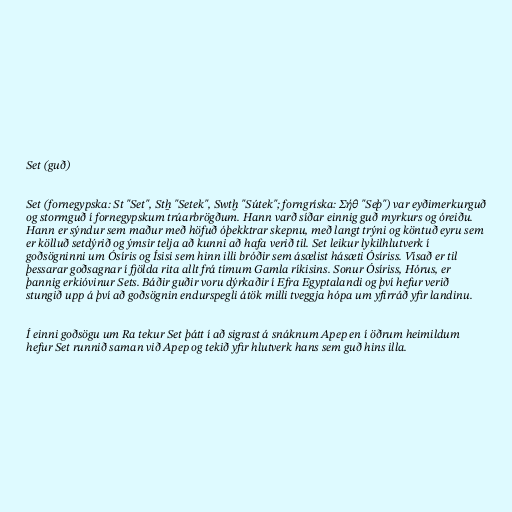
Set (guð)

Set (fornegypska: St "Set", Stẖ "Setek", Swtḫ "Sútek"; forngríska: Σήθ "Seþ") var eyðimerkurguð
og stormguð í fornegypskum trúarbrögðum. Hann varð síðar einnig guð myrkurs og óreiðu.
Hann er sýndur sem maður með höfuð óþekktrar skepnu, með langt trýni og köntuð eyru sem
er kölluð setdýrið og ýmsir telja að kunni að hafa verið til. Set leikur lykilhlutverk í
goðsögninni um Ósíris og Ísisi sem hinn illi bróðir sem ásælist hásæti Ósíriss. Vísað er til
þessarar goðsagnar í fjölda rita allt frá tímum Gamla ríkisins. Sonur Ósíriss, Hórus, er
þannig erkióvinur Sets. Báðir guðir voru dýrkaðir í Efra Egyptalandi og því hefur verið
stungið upp á því að goðsögnin endurspegli átök milli tveggja hópa um yfirráð yfir landinu.

Í einni goðsögu um Ra tekur Set þátt í að sigrast á snáknum Apep en í öðrum heimildum
hefur Set runnið saman við Apep og tekið yfir hlutverk hans sem guð hins illa.